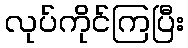
လုပ်ကိုင်ကြပြီး